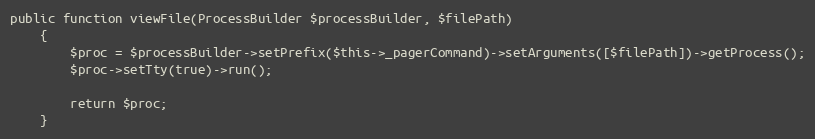
Language: PHP
public function viewFile(ProcessBuilder $processBuilder, $filePath)
    {
        $proc = $processBuilder->setPrefix($this->_pagerCommand)->setArguments([$filePath])->getProcess();
        $proc->setTty(true)->run();

        return $proc;
    }